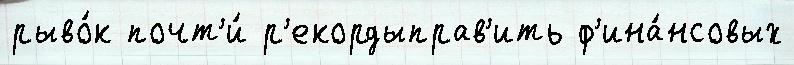
рыво́к почт'и́ р'екордыправ'ить ф'ина́нсовых